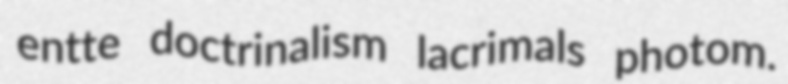
entte doctrinalism lacrimals photom.